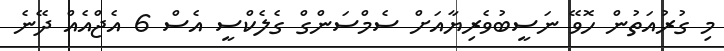
މި ގުރުއަތުން ހޮވޭ ނަސީބުވެރިޔާއަށް ސެމްސަންގް ގެލެކްސީ އެސް 6 އެޖްއެއް ދޭނެ